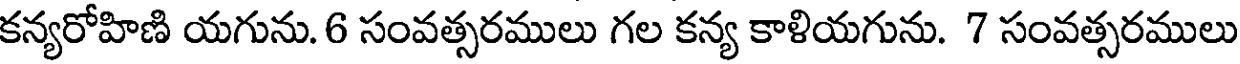
కన్యరోహిణి యగును. 6 సంవత్సరములు గల కన్య కాళియగును. 7 సంవత్సరములు